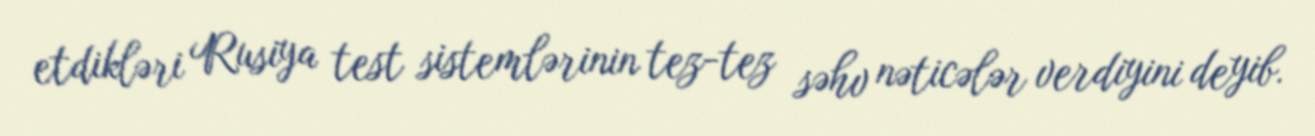
etdikləri Rusiya test sistemlərinin tez-tez səhv nəticələr verdiyini deyib.